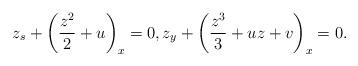
LaTeX: \begin{align*}z_{s}+\left( \frac{z^{2}}{2}+u\right)_x=0,z_{y}+\left( \frac{z^{3}}{3}+uz+v\right)_x=0. \end{align*}